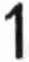
1